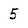
Character: 5